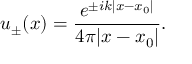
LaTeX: u _ { \pm } ( x ) = { \frac { e ^ { \pm i k | x - x _ { 0 } | } } { 4 \pi | x - x _ { 0 } | } } .